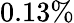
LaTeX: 0.13\%